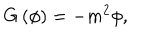
G \left( \phi \right) = - m ^ { 2 } \phi ,